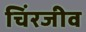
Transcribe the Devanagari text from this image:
चिंरजीव